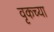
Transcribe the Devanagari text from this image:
वृकच्या